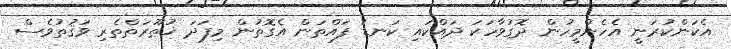
އެކަންކުރަނީ އެހެންމީހުން ދޮގުވާހަކަ ދައްކައި ކަނޑު ފައްތަން އެގޮތުން މިފަދަ ޚުޠޫރަތްތެރި ވަޤުތުވެސް